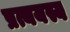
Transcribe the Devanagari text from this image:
प्रत्ययस्य